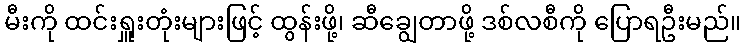
မီးကို ထင်းရှူးတုံးများဖြင့် ထွန်းဖို့၊ ဆီချွေတာဖို့ ဒစ်လစီကို ပြောရဦးမည်။